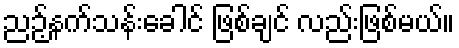
ညဉ့်နက်သန်းခေါင် ဖြစ်ချင် လည်းဖြစ်မယ်။